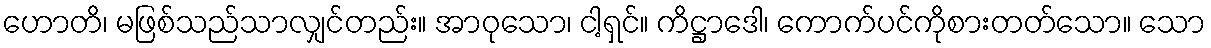
ဟောတိ၊ မဖြစ်သည်သာလျှင်တည်း။ အာဝုသော၊ ငါ့ရှင်။ ကိဋ္ဌာဒေါ၊ ကောက်ပင်ကိုစားတတ်သော။ သော